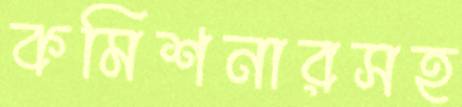
কমিশনারসহ